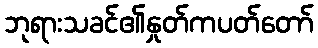
ဘုရားသခင်၏နှုတ်ကပတ်တော်